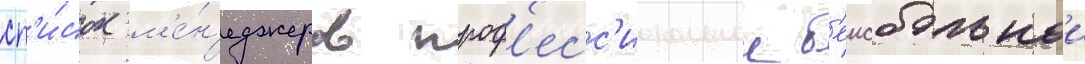
сп'и́сок м'е́н'еджеров проф'есс'иональнои б'еисбольнои